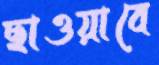
ছাওয়াবে